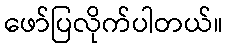
ဖော်ပြလိုက်ပါတယ်။